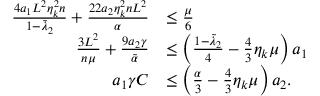
\begin{array} { r l } { \frac { 4 a _ { 1 } L ^ { 2 } \eta _ { k } ^ { 2 } n } { 1 - \tilde { \lambda } _ { 2 } } + \frac { 2 2 a _ { 2 } \eta _ { k } ^ { 2 } n L ^ { 2 } } { \alpha } } & { \leq \frac { \mu } { 6 } } \\ { \frac { 3 L ^ { 2 } } { n \mu } + \frac { 9 a _ { 2 } \gamma } { \tilde { \alpha } } } & { \leq \left( \frac { 1 - \tilde { \lambda } _ { 2 } } { 4 } - \frac { 4 } { 3 } \eta _ { k } \mu \right) a _ { 1 } } \\ { a _ { 1 } \gamma C } & { \leq \left( \frac { \alpha } { 3 } - \frac { 4 } { 3 } \eta _ { k } \mu \right) a _ { 2 } . } \end{array}